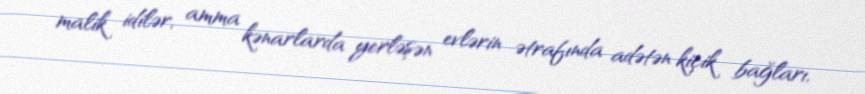
malik idilər, amma kənarlarda yerləşən evlərin ətrafında adətən kiçik bağları,